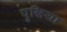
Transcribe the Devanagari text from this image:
पुन्निया